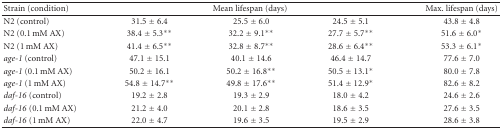
<table><thead><tr><td><b>Strain (condition)</b></td><td colspan="3"><b>Mean lifespan (days)</b></td><td><b>Max. lifespan (days) </b></td></tr></thead><tbody><tr><td>N2 (control)</td><td>31.5 ± 6.4</td><td>25.5 ± 6.0</td><td>24.5 ± 5.1</td><td>43.8 ± 4.8</td></tr><tr><td>N2 (0.1 mM AX)</td><td>38.4 ± 5.3**</td><td>32.2 ± 9.1**</td><td>27.7 ± 5.7**</td><td>51.6 ± 6.0*</td></tr><tr><td>N2 (1 mM AX)</td><td>41.4 ± 6.5**</td><td>32.8 ± 8.7**</td><td>28.6 ± 6.4**</td><td>53.3 ± 6.1*</td></tr><tr><td><i>age-1 </i>(control)</td><td>47.1 ± 15.1</td><td>40.1 ± 14.6</td><td>46.4 ± 14.7</td><td>77.6 ± 7.0</td></tr><tr><td><i>age-1</i> (0.1 mM AX)</td><td>50.2 ± 16.1</td><td>50.2 ± 16.8**</td><td>50.5 ± 13.1*</td><td>80.0 ± 7.8</td></tr><tr><td><i>age-1 </i>(1 mM AX)</td><td>54.8 ± 14.7**</td><td>49.8 ± 17.6**</td><td>51.4 ± 12.9*</td><td>82.6 ± 8.2</td></tr><tr><td><i>daf-16 </i>(control)</td><td>19.2 ± 2.8</td><td>19.3 ± 2.9</td><td>18.0 ± 4.2</td><td>24.6 ± 2.6</td></tr><tr><td><i>daf-16</i> (0.1 mM AX)</td><td>21.2 ± 4.0</td><td>20.1 ± 2.8</td><td>18.6 ± 3.5</td><td>27.6 ± 3.5</td></tr><tr><td><i>daf-16</i> (1 mM AX)</td><td>22.0 ± 4.7</td><td>19.6 ± 3.5</td><td>19.5 ± 2.9</td><td>28.6 ± 3.8</td></tr></tbody></table>